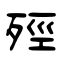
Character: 殌